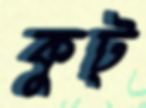
কুট্‌